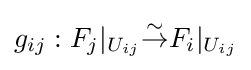
g_{ij}:F_{j}|_{U_{ij}}{\overset {\sim }{\to }}F_{i}|_{U_{ij}}